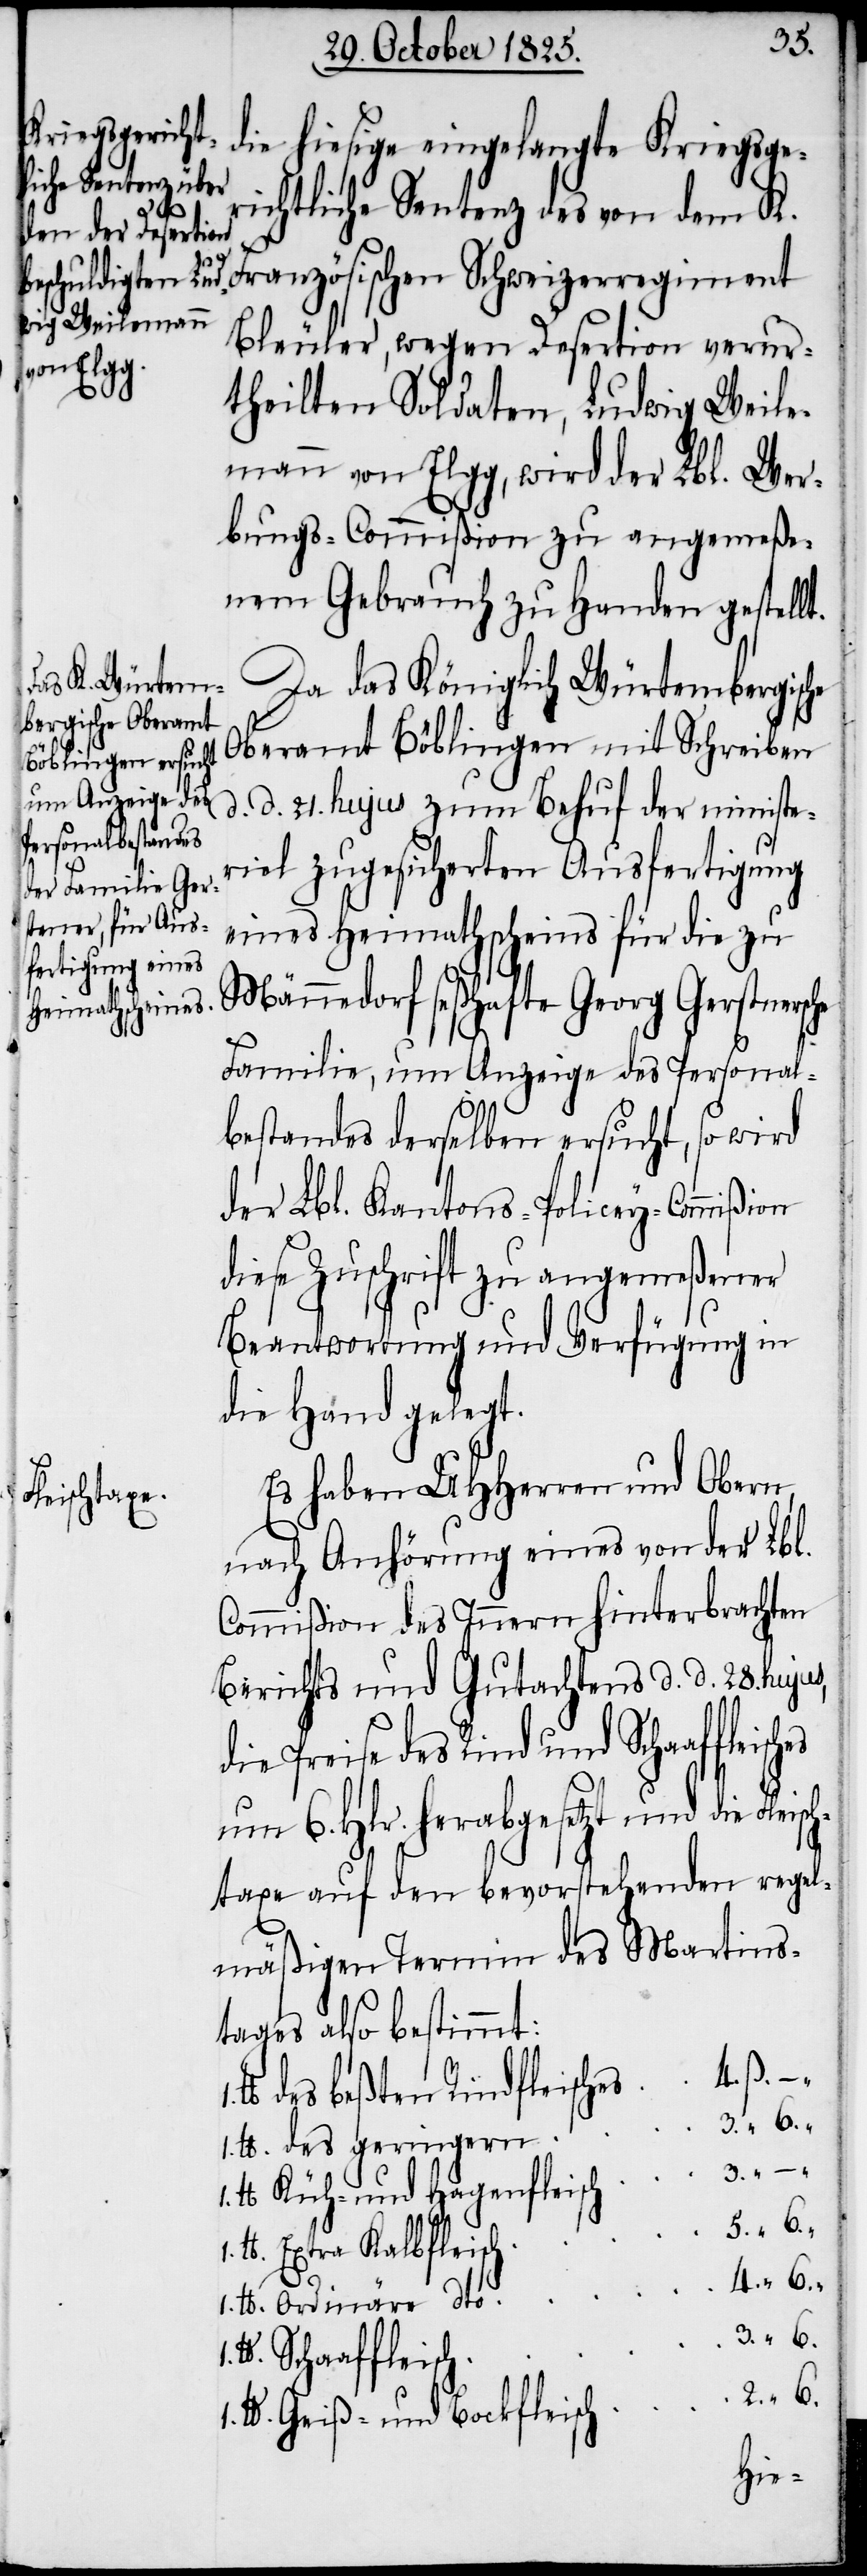
Fleisch¬

3.
die hiesige eingelangte Kriegsge¬
richtliche Sentenz des von dem K.
Französischen Schweizerregiment
Bleuler, wegen Desertion verur¬
theilten Soldaten, Ludwig Weile¬
mann von Elgg, wird der Lbl. Wer¬
bungs-Commißion zu angemeße¬
nem Gebrauch zu Handen gestellt.
Da das Königlich Würtembergische
Oberamt Böblingen mit Schreiben
d. d. 21. hujus zum Behuf der ministe¬
riel zugesicherten Ausfertigung
eines Heimathscheins für die zu
Männedorf seßhafte Georg Gerstnersc¬
Familie, um Anzeige des Personal¬
bestandes derselben ersucht, so wird
der Lbl. Kantons-Policey-Commißion
diese Zuschrift zu angemeßener
Beantwortung und Verfügung in
die Hand gelegt.
Es haben UHHerren und Obern,
nach Anhörung eines von der Lbl.
Commißion des Innern hinterbrachten
Berichts und Gutachtens d. d. 28.
die Preise des Rind und Schaaffle¬
um 6. Hlr. herabgesetzt und die
taxe auf den bevorstehenden regel¬
mäßigen Termin des Martins¬
tages also bestimmt:
b. des beßten Rindfleisches
lb. des geringern
lb. Küh- und Hagenfleisch
lb. Extra Kalbfleisch
6.
1. lb. Ordinäre dto
lb. Schaaffleisch
6.
1. lb. Geiß- und Bockfleisch
he